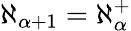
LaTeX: \aleph_{\alpha+1}=\aleph_{\alpha}^{+}